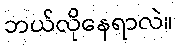
ဘယ်လိုနေရာလဲ။